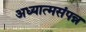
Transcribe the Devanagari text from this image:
अध्यात्मसंपन्न